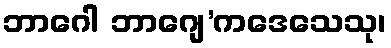
ဘာဂေါ ဘာဂျေ’ကဒေသေသု၊